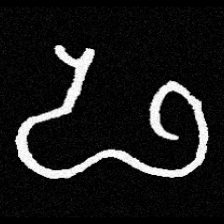
Pyu character \u2014 Myanmar letter: ဖ (romanized: pha)